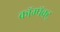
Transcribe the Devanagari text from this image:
कॉम्पॅक्ट्